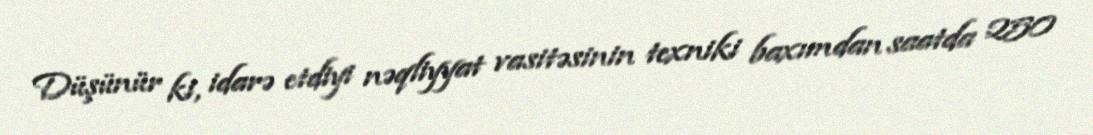
Düşünür ki, idarə etdiyi nəqliyyat vasitəsinin texniki baxımdan saatda 250